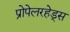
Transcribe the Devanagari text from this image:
प्रोपेलरहेड्स